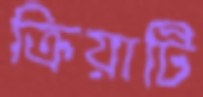
ক্রিয়াটি